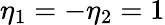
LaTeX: \eta_{1}=-\eta_{2}=1